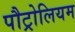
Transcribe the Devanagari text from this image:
पौट्रोलियम